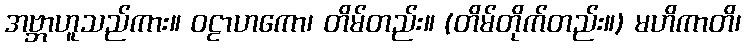
အဗ္ဘာဟူသည်ကား။ ဝဠာဟကော၊ တိမ်တည်း။ (တိမ်တိုက်တည်း။) မဟိကာတိ၊